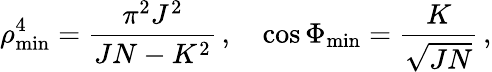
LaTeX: \rho_{\mathrm{min}}^{4}=\frac{\pi^{2}J^{2}}{JN-K^{2}}\, ,\quad\cos\Phi_{\mathrm{min}}=\frac{K}{\sqrt{JN}}\, ,